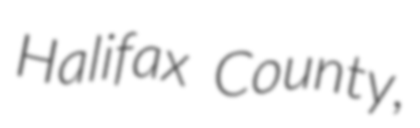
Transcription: Halifax County,